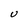
Character: U